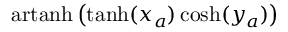
\operatorname { a r t a n h } \left( \operatorname { t a n h } ( x _ { a } ) \cosh ( y _ { a } ) \right)